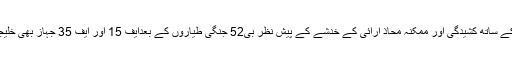
دوسری جانب امریکی فوج نے ایران کے ساتھ کشیدگی اور ممکنہ محاذ آرائی کے خدشے کے پیش نظر بی52 جنگی طیاروں کے بعدایف 15 اور ایف 35 جہاز بھی خلیجی ملکوں کے اڈوں پر پہنچا دیئے ہیں۔